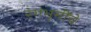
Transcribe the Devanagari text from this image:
रंगभूमींचे